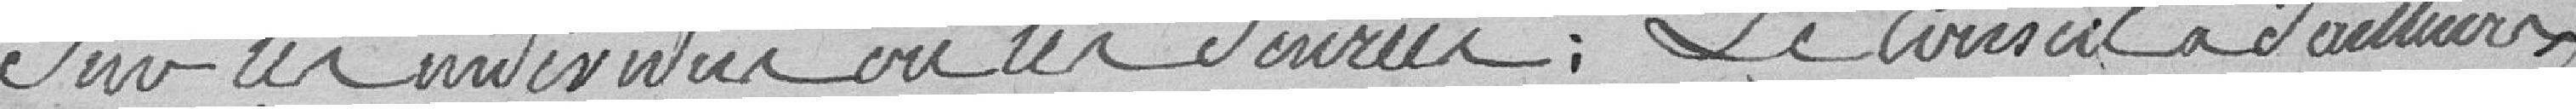
sur les individus ou les denrées ; le Conseil a d'ailleurs